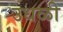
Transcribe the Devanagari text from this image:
उधळी